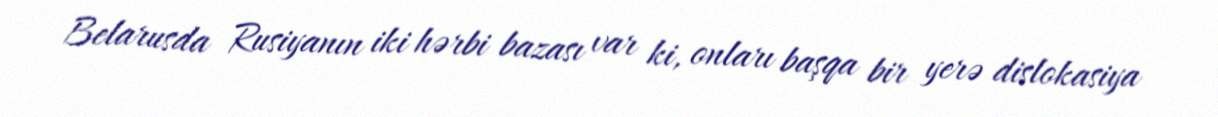
Belarusda Rusiyanın iki hərbi bazası var ki, onları başqa bir yerə dislokasiya